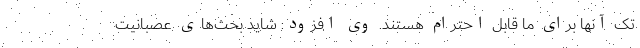
تک آنها برای ما قابل احترام هستند. وی افزود: شاید بحث‌های عصبانیت